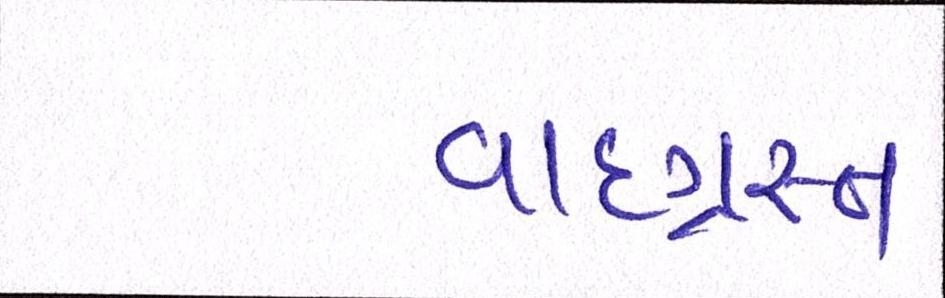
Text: વાદગ્રસ્ત